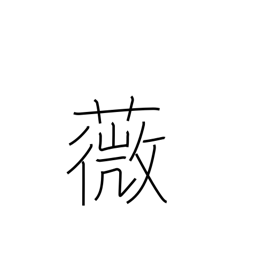
Meaning: an edible fern